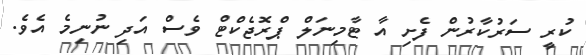
ކުރީ ސަރުކާރުން ފެށި އާ ޓާމިނަލް ޕްރޮޖެކްޓް ވެސް އަދި ނުނިމެ އެވެ.